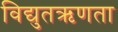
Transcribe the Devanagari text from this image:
विद्युतऋणता